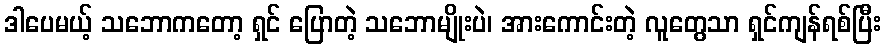
ဒါပေမယ့် သဘောကတော့ ရှင် ပြောတဲ့ သဘောမျိုးပဲ၊ အားကောင်းတဲ့ လူတွေသာ ရှင်ကျန်ရစ်ပြီး